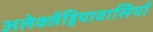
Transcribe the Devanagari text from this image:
अलेक्जेंड्रियावासियों